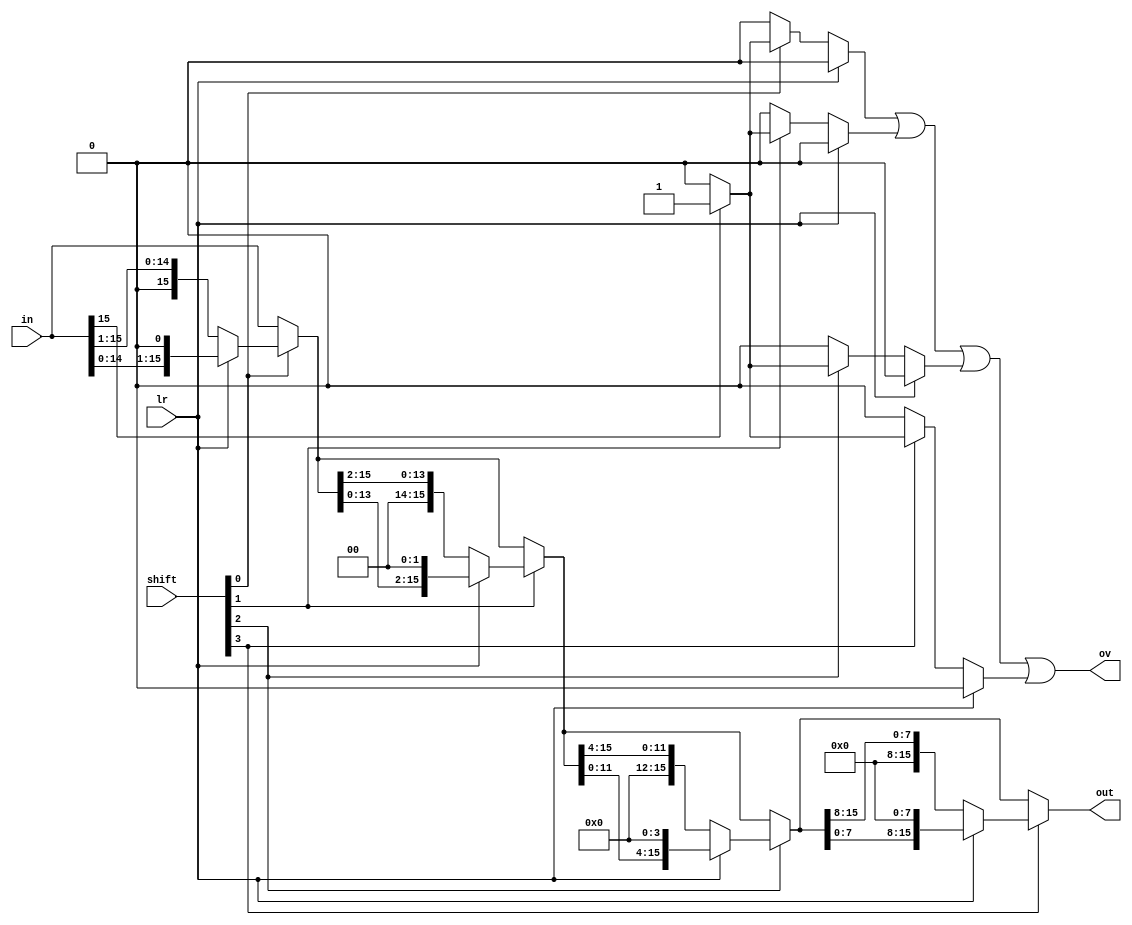
module Shift_16bit_Lo (shift, lr, in, ov, out);
	output[15:0]out;								//	 output
	output ov;
	
	input[3:0]shift;								// shift size
	input lr;										// left or right
	input[15:0]in;
	
	wire[15:0]ta;
	wire[15:0]tb;
	wire[15:0]tc;
	wire[15:0]td;
	wire ov0, ov1, ov2, ov3;
	
	assign ov0 = lr ? 1'b0 : (shift[0] ? (in[15:15] ? 1'b1 : 1'b0) :1'b0);
	assign ov1 = lr ? 1'b0 : (shift[1] ? (in[15:15] ? 1'b1 : 1'b0) :1'b0);
	assign ov2 = lr ? 1'b0 : (shift[2] ? (in[15:15] ? 1'b1 : 1'b0) :1'b0);
	assign ov3 = lr ? 1'b0 : (shift[3] ? (in[15:15] ? 1'b1 : 1'b0) :1'b0);
	
	assign ta = shift[0] ? (lr ? {in[14:0], 1'b0} : {1'b0, in[15:1]}) : in; // shift[0] == 1 (Ir  left or Right)
	assign tb = shift[1] ? (lr ? {ta[13:0], 2'b0} : {2'b0, ta[15:2]}) : ta; // shift[1] == 1 (Ir  left or Right
	assign tc = shift[2] ? (lr ? {tb[11:0], 4'b0} : {4'b0, tb[15:4]}) : tb; // shift[2] == 1 (Ir  left or Right)
	assign td = shift[3] ? (lr ? {tc[7:0], 8'b0} : {8'b0, tc[15:8]}) : tc; // shift[3] == 1 (Ir  left or Right)
	// Left    0   .
	// Right    0   .
	
	assign ov = ov0 | ov1 | ov2 | ov3;
	assign out = td;

endmodule